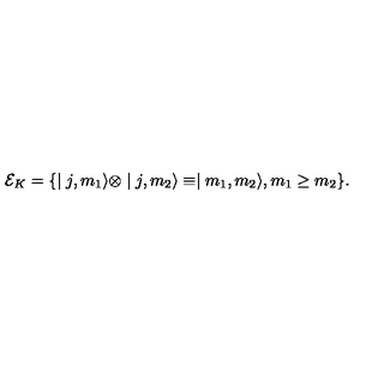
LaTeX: { \cal E } _ { K } = \{ \mid j , m _ { 1 } \rangle \otimes \mid j , m _ { 2 } \rangle \equiv \mid m _ { 1 } , m _ { 2 } \rangle , m _ { 1 } \geq m _ { 2 } \} .